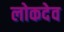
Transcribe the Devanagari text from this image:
लोकदेव